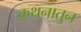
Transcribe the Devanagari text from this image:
कथनातुन